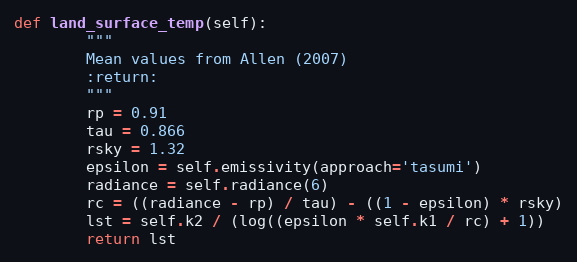
Language: Python
def land_surface_temp(self):
        """
        Mean values from Allen (2007)
        :return:
        """
        rp = 0.91
        tau = 0.866
        rsky = 1.32
        epsilon = self.emissivity(approach='tasumi')
        radiance = self.radiance(6)
        rc = ((radiance - rp) / tau) - ((1 - epsilon) * rsky)
        lst = self.k2 / (log((epsilon * self.k1 / rc) + 1))
        return lst